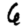
Digit: 6